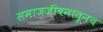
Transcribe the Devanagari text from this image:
समाजजीवनातूनच